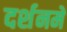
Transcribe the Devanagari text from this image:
दर्शनमे